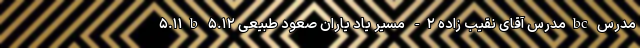
۵.۱۱b مدرس آقای نقیب زاده ۲- مسیر یاد یاران صعود طبیعی ۵.۱۲bc مدرس